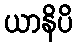
ယာနိပိ